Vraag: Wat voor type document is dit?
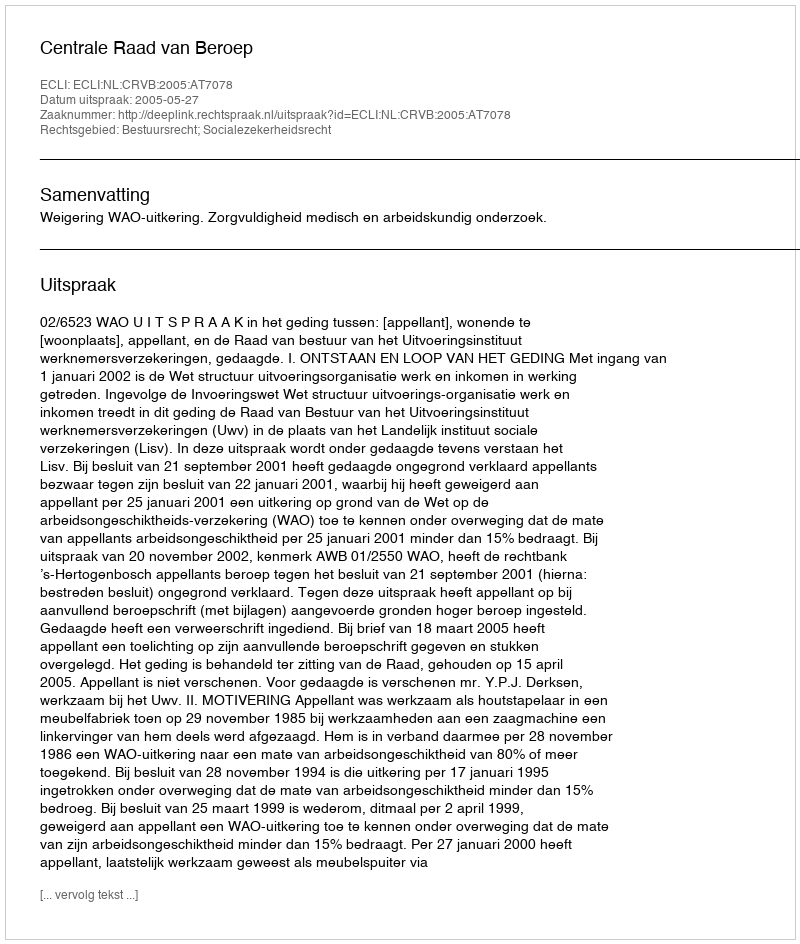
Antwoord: Uitspraak